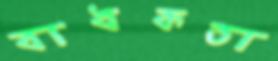
বাধকতা